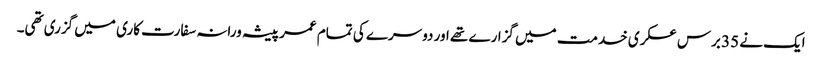
ایک نے 35 برس عسکری خدمت میں گزارے تھے اور دوسرے کی تمام عمر پیشہ ورانہ سفارت کاری میں گزری تھی۔